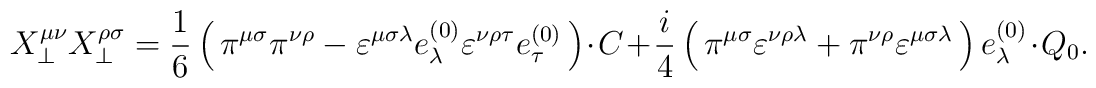
X_\bot^{\mu\nu} X_\bot^{\rho\sigma} = \frac{1}{6} \left(\,\pi^{\mu\sigma} \pi^{\nu\rho} - \varepsilon^{\mu\sigma\lambda} e^{(0)}_\lambda\varepsilon^{\nu\rho\tau} e^{(0)}_\tau \, \right)\cdot C + \frac{i}{4} \left(\, \pi^{\mu\sigma} \varepsilon^{\nu\rho\lambda} + \pi^{\nu\rho} \varepsilon^{\mu\sigma\lambda} \, \right) e^{(0)}_\lambda \cdot Q_0.